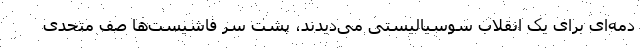
دمه‌ای برای یک انقلاب سوسیالیستی می‌دیدند، پشت سر فاشیست‌ها صف متحدی